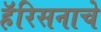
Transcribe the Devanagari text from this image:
हॅरिसनाचे